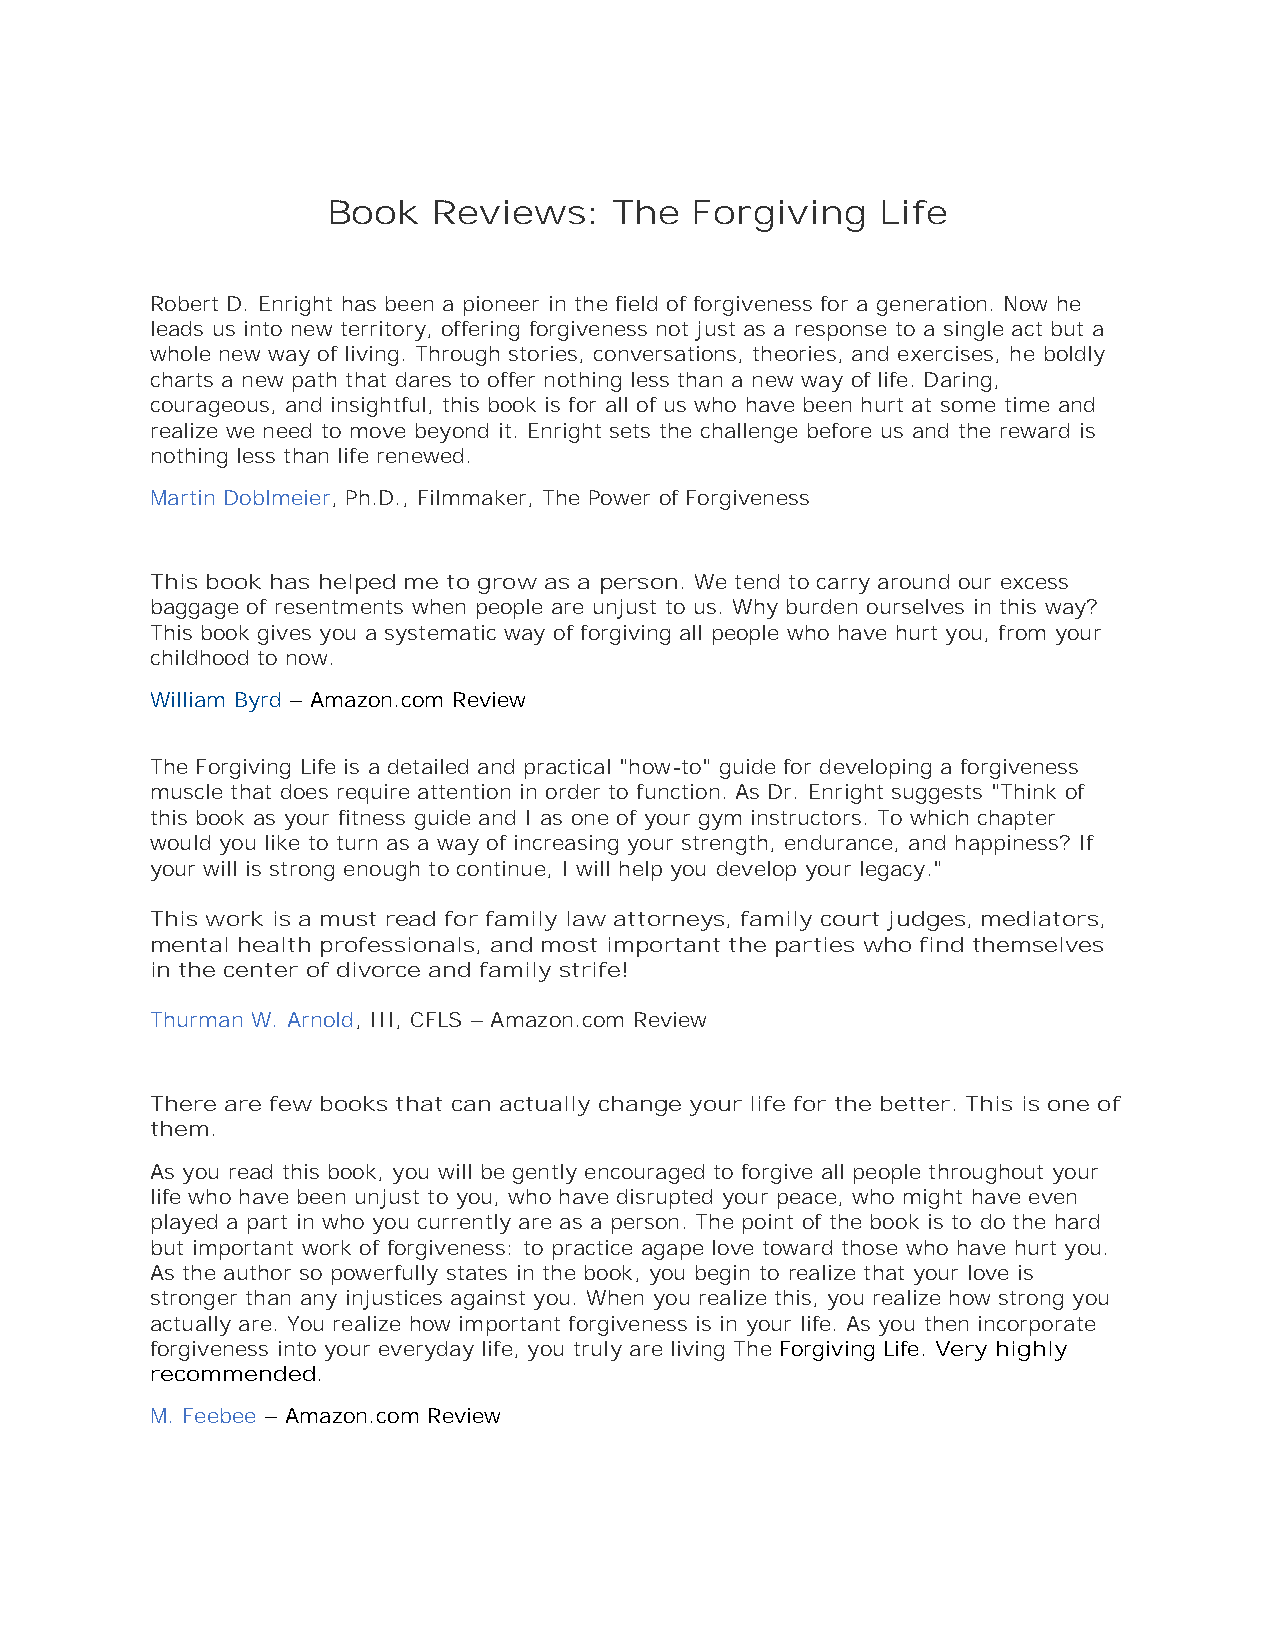
Book   Reviews:    The  Forgiving   Life
 Robert D. Enright has been a pioneer in the field of forgiveness for a generation. Now he
 leads us into new territory, offering forgiveness not just as a response to a single act but a
 whole new way of living. Through stories, conversations, theories, and exercises, he boldly
 charts a new path that dares to offer nothing less than a new way of life. Daring,
 courageous, and insightful, this book is for all of us who have been hurt at some time and
 realize we need to move beyond it. Enright sets the challenge before us and the reward is
 nothing less than life renewed.
 Martin Doblmeier, Ph.D., Filmmaker, The Power of Forgiveness
 This book has helped me to grow as a person. We tend to carry around our excess
 baggage of resentments when people are unjust to us. Why burden ourselves in this way?
 This book gives you a systematic way of forgiving all people who have hurt you, from your
 childhood to now.
 William Byrd – Amazon.com Review
 The Forgiving Life is a detailed and practical "how-to" guide for developing a forgiveness
 muscle that does require attention in order to function. As Dr. Enright suggests "Think of
 this book as your fitness guide and I as one of your gym instructors. To which chapter
 would you like to turn as a way of increasing your strength, endurance, and happiness? If
 your will is strong enough to continue, I will help you develop your legacy."
 This work is a must read for family law attorneys, family court judges, mediators,
 mental health professionals, and most important the parties who find themselves
 in the center of divorce and family strife!
 Thurman W. Arnold, III, CFLS – Amazon.com Review
 There are few books that can actually change your life for the better. This is one of
 them.
 As you read this book, you will be gently encouraged to forgive all people throughout your
 life who have been unjust to you, who have disrupted your peace, who might have even
 played a part in who you currently are as a person. The point of the book is to do the hard
 but important work of forgiveness: to practice agape love toward those who have hurt you.
 As the author so powerfully states in the book, you begin to realize that your love is
 stronger than any injustices against you. When you realize this, you realize how strong you
 actually are. You realize how important forgiveness is in your life. As you then incorporate
 forgiveness into your everyday life, you truly are living The Forgiving Life. Very highly
 recommended.
 M. Feebee – Amazon.com Review